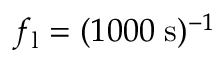
f _ { \mathrm { l } } = ( 1 0 0 0 \; \mathrm { s } ) ^ { - 1 }